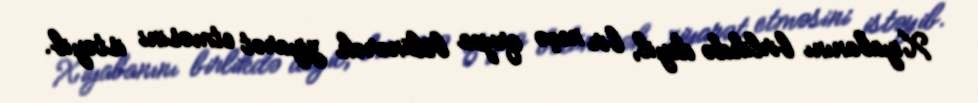
Xiyabanını birlikdə deyil, bir neçə qrupa bölünərək ziyarət etməsini istəyib.